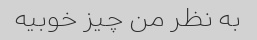
به نظر من چیز خوبیه